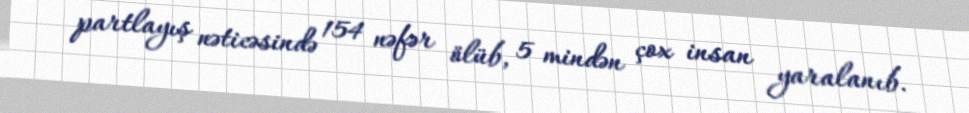
partlayış nəticəsində 154 nəfər ölüb, 5 mindən çox insan yaralanıb.